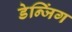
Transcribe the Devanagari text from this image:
डेन्जिंग